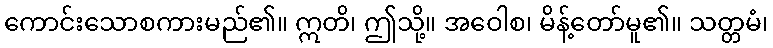
ကောင်းသောစကားမည်၏။ ဣတိ၊ ဤသို့။ အဝေါစ၊ မိန့်တော်မူ၏။ သတ္တမံ၊